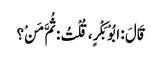
قَالَ : ابُوْ بَکْرٍ، قُلْتُ : ثُمَّ مَنْ؟